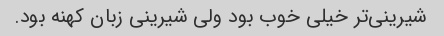
شیرینی‌تر خیلی خوب بود ولی شیرینی زبان کهنه بود.